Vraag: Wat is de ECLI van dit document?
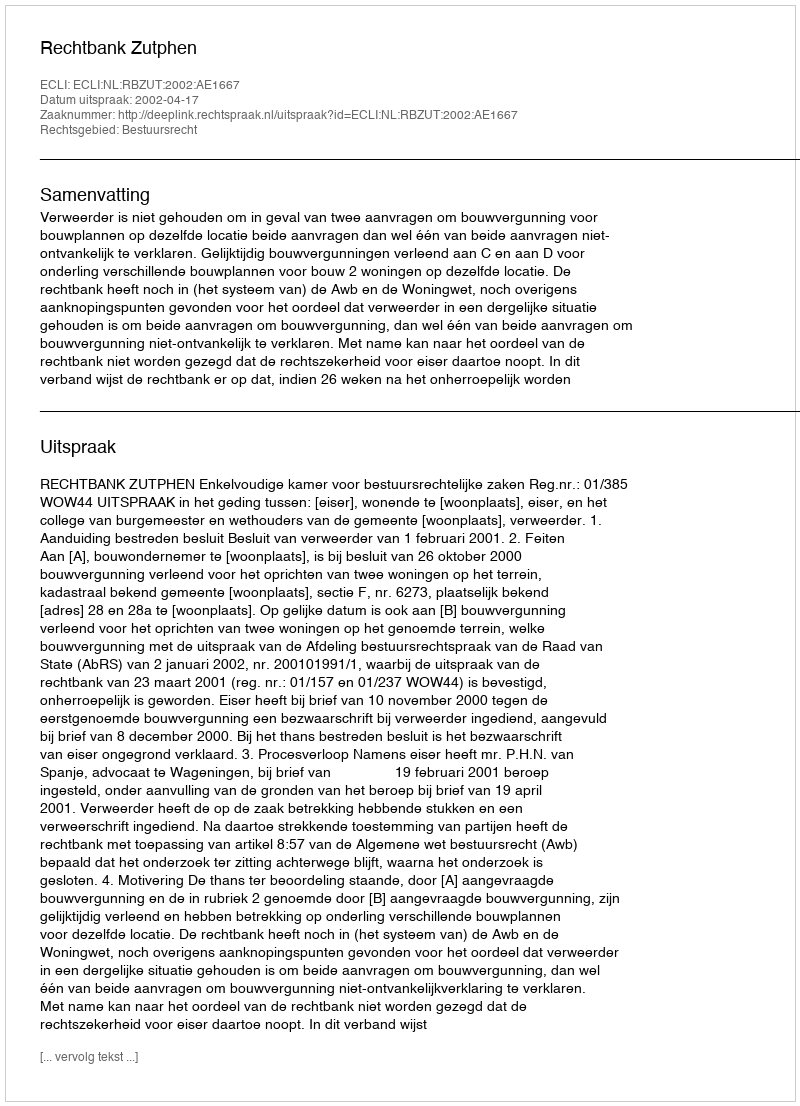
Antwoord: ECLI:NL:RBZUT:2002:AE1667